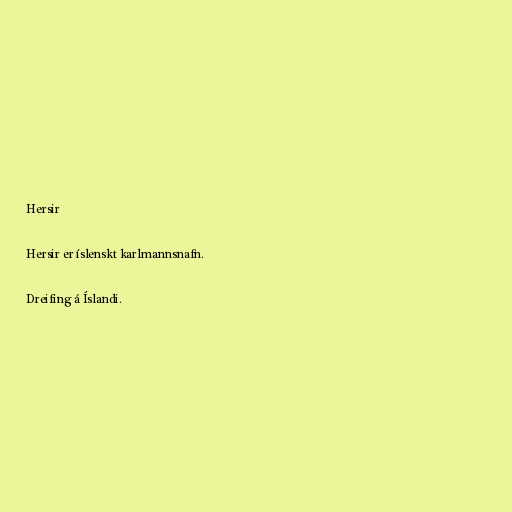
Hersir

Hersir er íslenskt karlmannsnafn.

Dreifing á Íslandi.